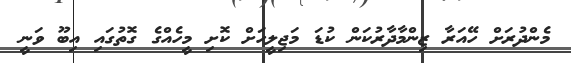
މެންދުރަށް ހޭއަރާ ޒިންމާދާރުކަން ކުޑަ މަޖިލީހަށް ކޮށި މީހެއްގެ ގޮތުގައި އިބޫ ވަނީ